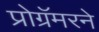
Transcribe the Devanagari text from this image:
प्रोग्रॅमरने